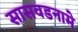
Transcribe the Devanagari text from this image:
सासवडनामे